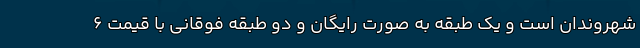
شهروندان است و یک طبقه به صورت رایگان و دو طبقه فوقانی با قیمت ۶